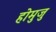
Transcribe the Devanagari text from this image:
होमुजु